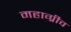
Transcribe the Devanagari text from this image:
महाग्रीव